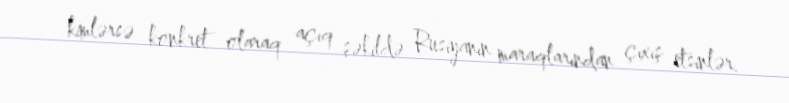
kimlərsə konkret olaraq açıq şəkildə Rusiyanın maraqlarından çıxış etsinlər.